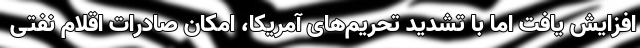
افزایش یافت اما با تشدید تحریم‌های آمریکا، امکان صادرات اقلام نفتی